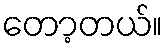
တော့တယ်။